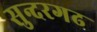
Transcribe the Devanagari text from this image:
सुन्दरगढ